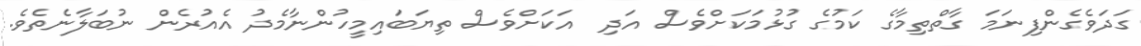
ގަދަވެގެންފިނަމަ ގާތްތިމާގެ ކަމުގެ ގުޅުމަކަށްވެސް އަދި  އަކަށްވެސް ތިޔަބައިމީހުންނާމެދު އެއުރެން ނުބަލާނެތެވެ.